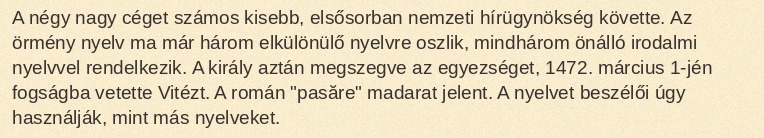
A négy nagy céget számos kisebb, elsősorban nemzeti hírügynökség követte. Az örmény nyelv ma már három elkülönülő nyelvre oszlik, mindhárom önálló irodalmi nyelvvel rendelkezik. A király aztán megszegve az egyezséget, 1472. március 1-jén fogságba vetette Vitézt. A román "pasăre" madarat jelent. A nyelvet beszélői úgy használják, mint más nyelveket.